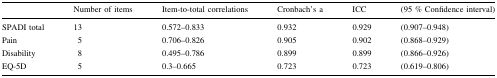
<table><thead><tr><td></td><td><b>Number of items</b></td><td><b>Item-to-total correlations</b></td><td><b>Cronbach’s a</b></td><td><b>ICC</b></td><td><b>(95 % Confidence interval)</b></td></tr></thead><tbody><tr><td>SPADI total</td><td>13</td><td>0.572–0.833</td><td>0.932</td><td>0.929</td><td>(0.907–0.948)</td></tr><tr><td>Pain</td><td>5</td><td>0.706–0.826</td><td>0.905</td><td>0.902</td><td>(0.868–0.929)</td></tr><tr><td>Disability</td><td>8</td><td>0.495–0.786</td><td>0.899</td><td>0.899</td><td>(0.866–0.926)</td></tr><tr><td>EQ-5D</td><td>5</td><td>0.3–0.665</td><td>0.723</td><td>0.723</td><td>(0.619–0.806)</td></tr></tbody></table>